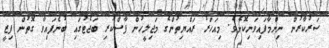
ސަރުކާރުން ނިންމާފައިވަނިކޮށެވެ. މިއަހަރު ރައްޔިތުންގެ މަޖިލީހުން ފާސްކުރި ބަޖެޓުގައި ބުނެފައިވާ ގޮތުން ފިޒީ